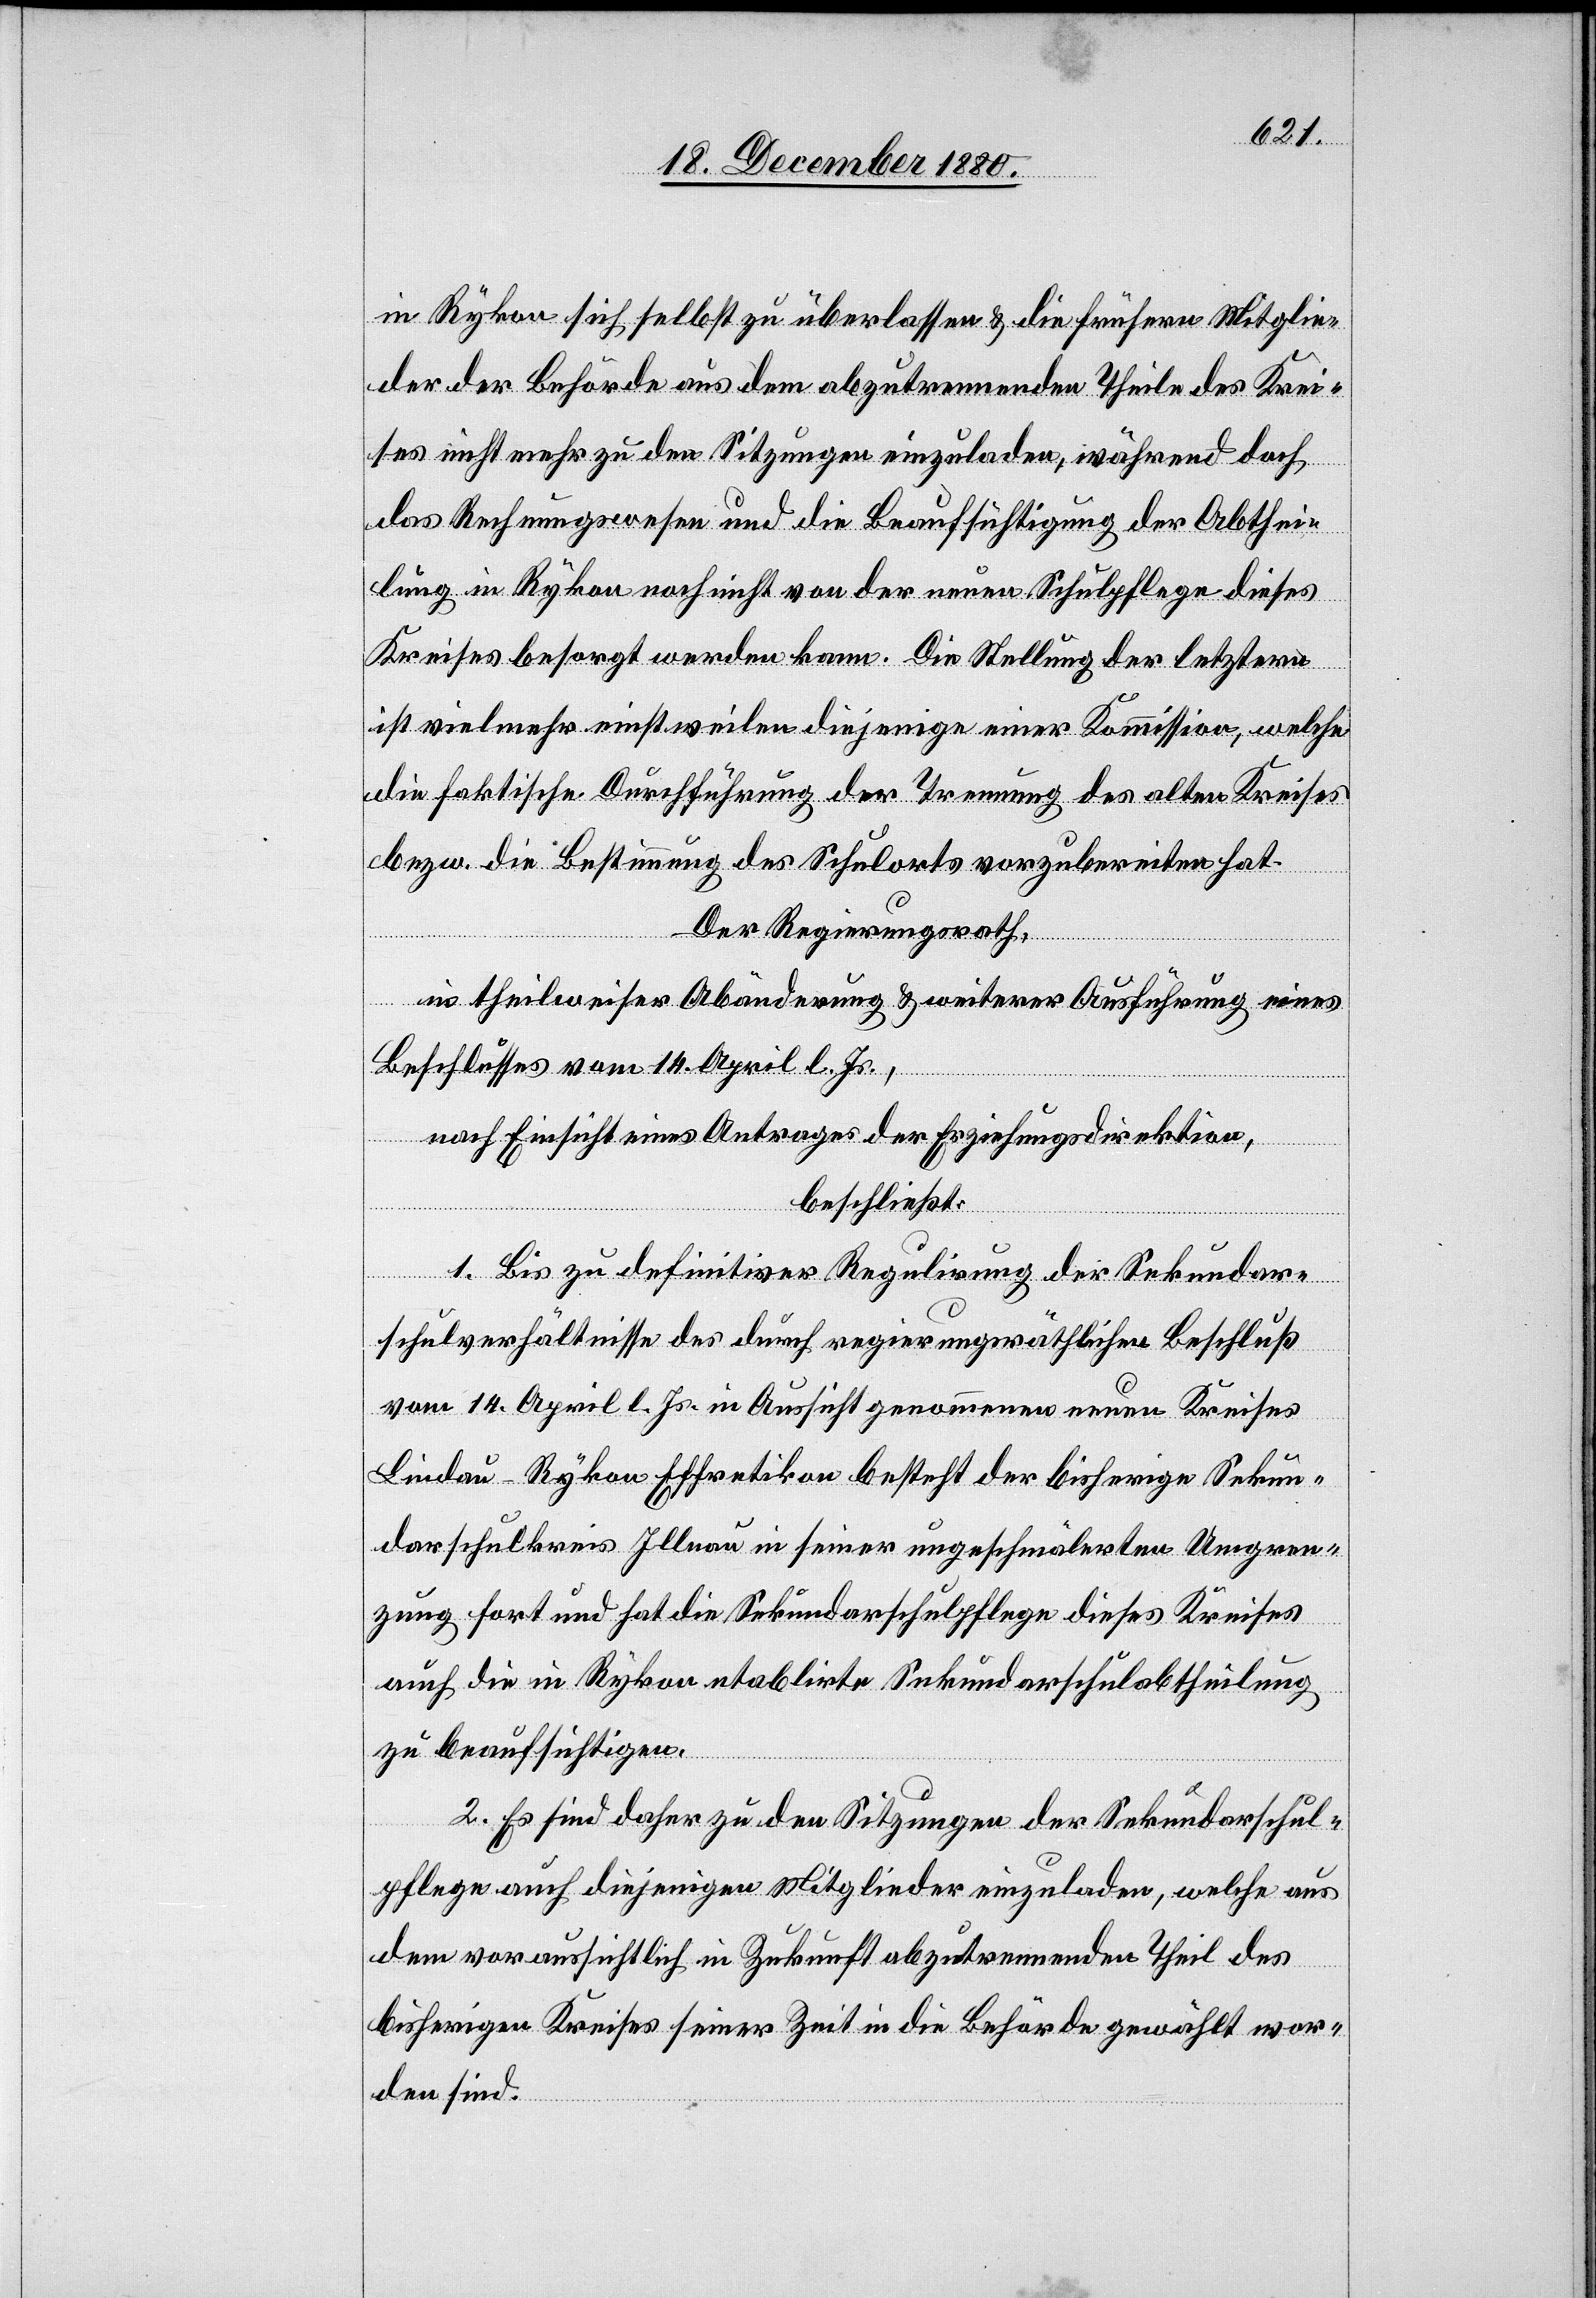
in Rykon sich selbst zu überlassen & die frühern Mitglie¬
der der Behörde aus dem abzutrennenden Theile des Krei¬
ses nicht mehr zu den Sitzungen einzuladen, während doch
das Rechnungswesen und die Beaufsichtigung der Abthei¬
lung in Rykon noch nicht von der neuen Schulpflege dieses
Kreises besorgt werden kann. Die Stellung der letztern
ist vielmehr einstweilen diejenige einer Kommission, welche
die faktische Durchführung der Trennung des alten Kreises
bezw. die Bestimmung des Schulorts vorzubereiten hat.
Der Regierungsrath,
in theilweise Abänderung & weiterer Ausführung eines
Beschlusses vom 14. April l. Js.,
nach Einsicht eines Antrages der Erziehungsdirektion,
beschließt:
1. Bis zu definitiver Regulirung der Sekundar¬
schulverhältnisse des durch regierungsräthlichen Beschluß
vom 14. April l. Js. in Aussicht genommene neuen Kreises
Lindau-Rykon-Effretikon besteht der bisherige Sekun¬
darschulkreis Illnau in seiner ungeschmälerten Umgren¬
zung fort und hat die Sekundarschulpflege dieses Kreises
auch die in Rykon etablirte Sekundarschulabtheilung
zu beaufsichtigen.
2. Es sind daher zu den Sitzungen der Sekundarschul¬
pflege auch diejenigen Mitglieder einzuladen, welche aus
dem voraussichtlich in Zukunft abzutrennenden Theil des
bisherigen Kreises seiner Zeit in die Behörde gewählt wor¬
den sind.